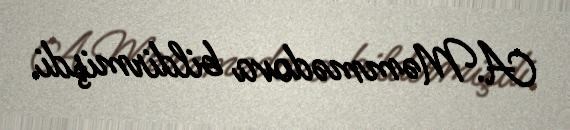
A.Məmmədova bildirmişdi.